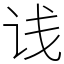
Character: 𬣡